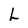
Character: L